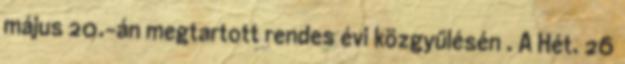
május 20.-án megtartott rendes évi közgyűlésén . A Hét. 26